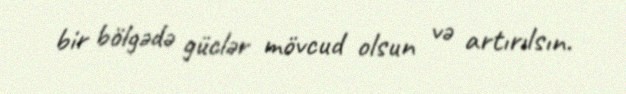
bir bölgədə güclər mövcud olsun və artırılsın.